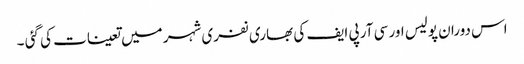
اس دوران پولیس اور سی آر پی ایف کی بھاری نفری شہر میں تعینات کی گئی ۔